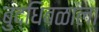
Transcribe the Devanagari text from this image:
बुद्धिबळाला